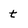
Character: t